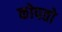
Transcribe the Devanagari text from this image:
कोपतो